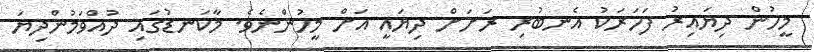
މީހުން ދިޔައިރު ފަހަރަކު އެނބުރި ރަށަށް ދިޔައީ އަށް މީހުންނެވެ. މާކަނޑުގައި ދުއްވަމުންދިޔަ